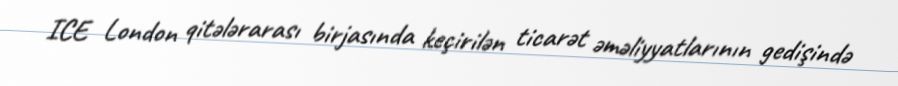
ICE London qitələrarası birjasında keçirilən ticarət əməliyyatlarının gedişində